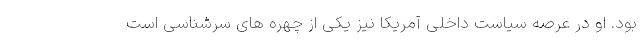
بود. او در عرصه سیاست داخلی آمریکا نیز یکی از چهره های سرشناسی است